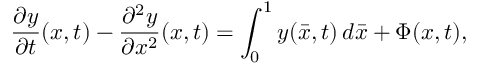
\frac { \partial y } { \partial t } ( x , t ) - \frac { \partial ^ { 2 } y } { \partial x ^ { 2 } } ( x , t ) = \int _ { 0 } ^ { 1 } y ( \bar { x } , t ) \, d \bar { x } + \Phi ( x , t ) ,